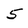
Character: 5